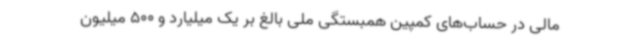
مالی در حساب‌های کمپین همبستگی ملی بالغ بر یک میلیارد و 500 میلیون